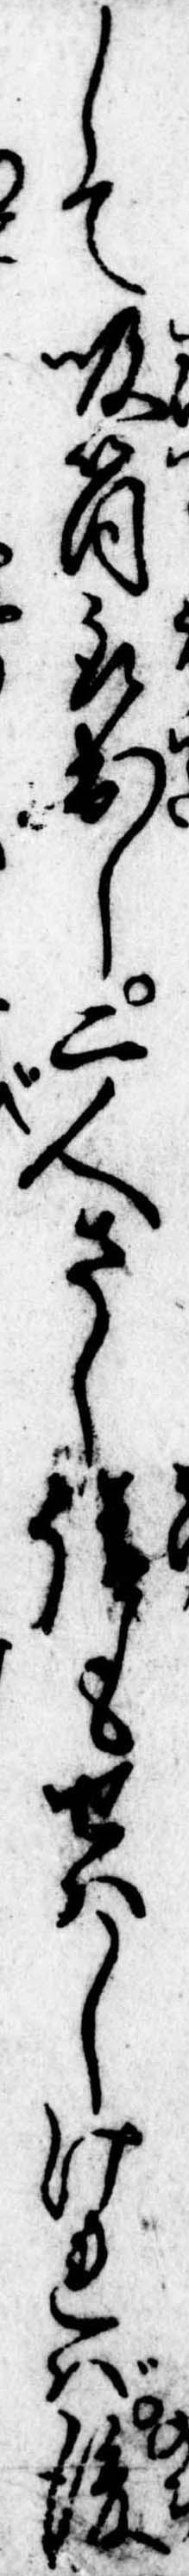
して吸筒取出し二人さし請もせはしければ後